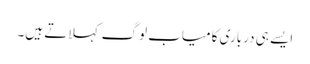
ایسے ہی درباری کامیاب لوگ کہلاتے ہیں۔